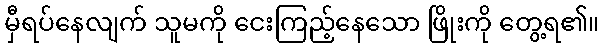
မှီရပ်နေလျက် သူမကို ငေးကြည့်နေသော ဖြိုးကို တွေ့ရ၏။